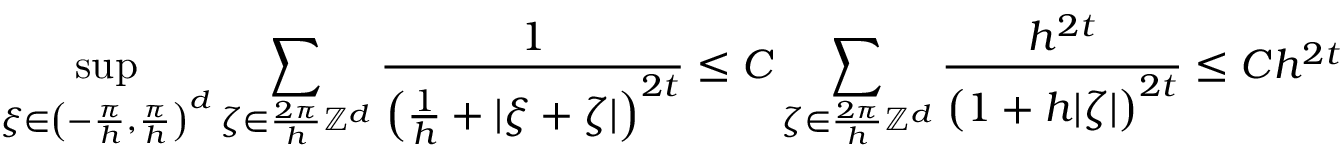
\operatorname* { s u p } _ { \xi \in \left( - \frac { \pi } { h } , \frac { \pi } { h } \right) ^ { d } } \sum _ { \zeta \in \frac { 2 \pi } { h } \mathbb { Z } ^ { d } } \frac { 1 } { \left( \frac 1 h + | \xi + \zeta | \right) ^ { 2 t } } \le C \sum _ { \zeta \in \frac { 2 \pi } { h } \mathbb { Z } ^ { d } } \frac { h ^ { 2 t } } { \left( 1 + h | \zeta | \right) ^ { 2 t } } \le C h ^ { 2 t }